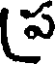
ప